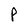
Character: P